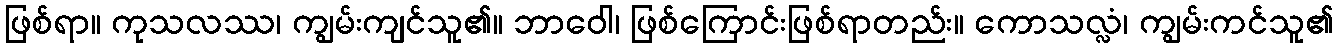
ဖြစ်ရာ။ ကုသလဿ၊ ကျွမ်းကျင်သူ၏။ ဘာဝေါ၊ ဖြစ်ကြောင်းဖြစ်ရာတည်း။ ကောသလ္လံ၊ ကျွမ်းကင်သူ၏